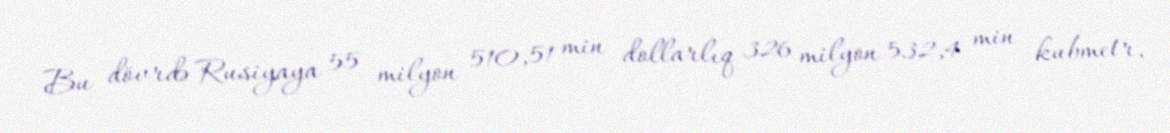
Bu dövrdə Rusiyaya 55 milyon 510,51 min dollarlıq 326 milyon 532,4 min kubmetr,